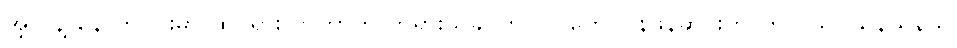
အဲ့လိုနဲ့ နောက်ပိုင်းမှာ ထင်ရှားလာတာက ဘုရားသခင်ဟာ လူတွေ ပြန်ဖန်ဆင်းတာကို ပယ်ပယ်နယ်နယ်